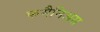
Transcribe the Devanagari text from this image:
कमैनिअस